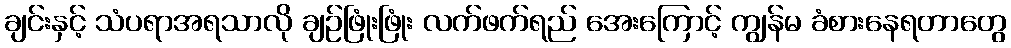
ချင်းနှင့် သံပရာအရသာလို ချဉ်ဖြုံးဖြုံး လက်ဖက်ရည် အေးကြောင့် ကျွန်မ ခံစားနေရတာတွေ